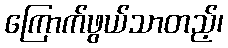
ကြောက်ဖွယ်သာတည့်၊